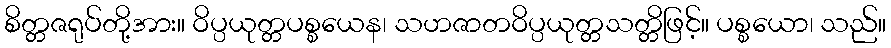
စိတ္တဇရုပ်တို့အား။ ဝိပ္ပယုတ္တပစ္စယေန၊ သဟဇာတဝိပ္ပယုတ္တသတ္တိဖြင့်။ ပစ္စယော၊ သည်။